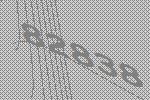
82838